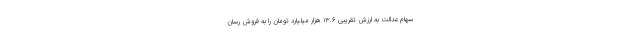
سهام عدالت به ارزش تقریبی ۱۳.۶ هزار میلیارد تومان را به فروش رسان